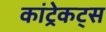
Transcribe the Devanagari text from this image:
कांट्रेकट्स